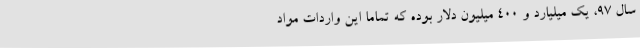
سال 97، یک میلیارد و 400 میلیون دلار بوده که تماما این واردات مواد